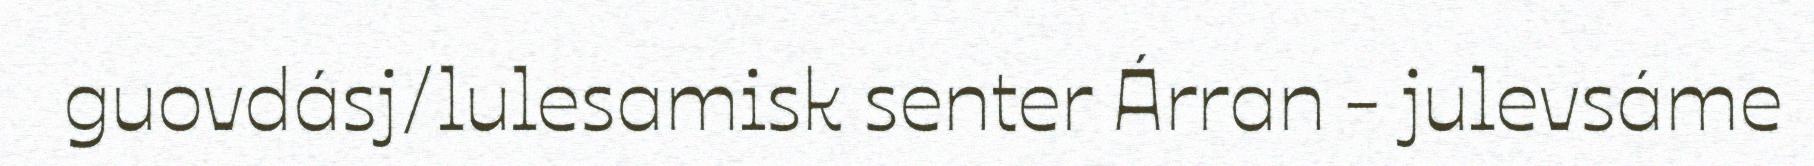
guovdásj/lulesamisk senter Árran - julevsáme